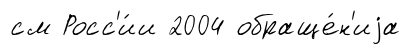
см Росс'и́и 2004 обраще́н'иjа